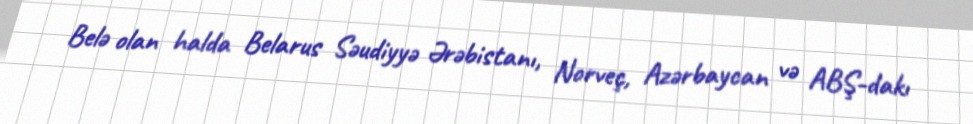
Belə olan halda Belarus Səudiyyə Ərəbistanı, Norveç, Azərbaycan və ABŞ-dakı